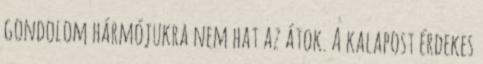
gondolom hármójukra nem hat az átok. A kalapost érdekes